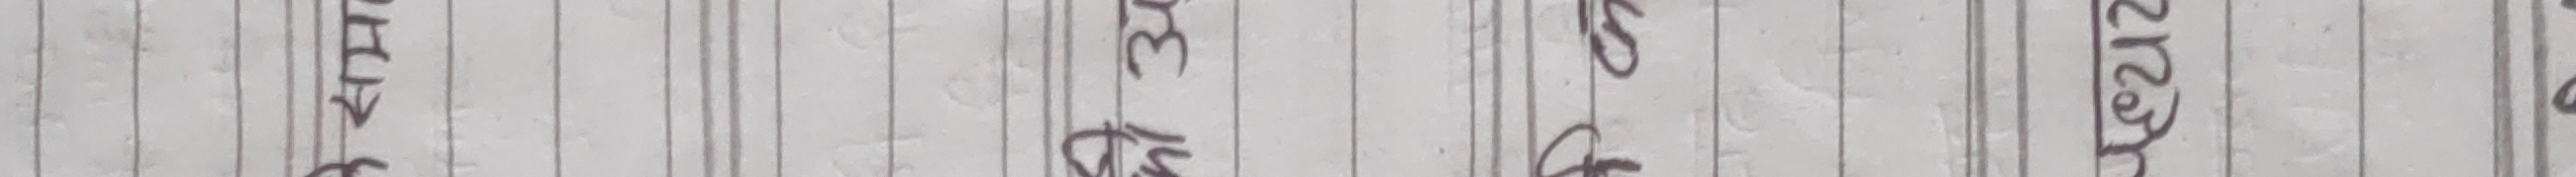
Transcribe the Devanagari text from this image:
गरिनुस् रहेको आकर्मगत